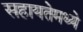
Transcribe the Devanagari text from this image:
सहायतेमध्ये